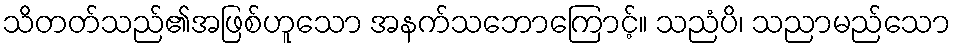
သိတတ်သည်၏အဖြစ်ဟူသော အနက်သဘောကြောင့်။ သညံပိ၊ သညာမည်သော